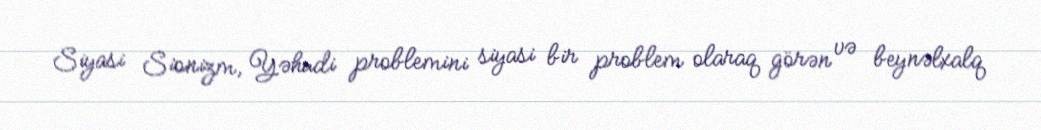
Siyasi Sionizm, Yəhudi problemini siyasi bir problem olaraq görən və beynəlxalq